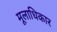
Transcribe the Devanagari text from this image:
मूलाधिकार